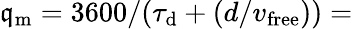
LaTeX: \mathfrak{q}_{\mathrm{{m}}}=3600/(\tau_{\mathrm{{d}}}+(d/v_{\mathrm{{free}}}))=